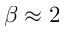
\beta \approx 2